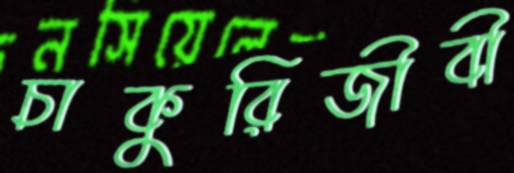
চাকুরিজীবী